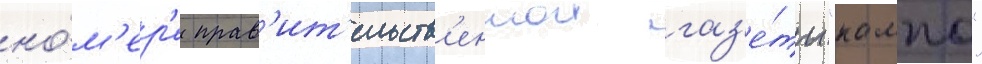
но́м'ер'е прав'ит'ельств'еннои газ'е́ты "кампо"